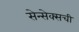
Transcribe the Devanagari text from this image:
सेन्सेक्सची